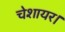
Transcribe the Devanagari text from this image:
चेशायर।